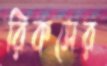
রিকসের